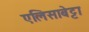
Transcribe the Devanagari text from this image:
एलिसाबेट्टा